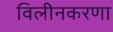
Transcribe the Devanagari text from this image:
विलीनकरणा